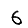
Digit: 6